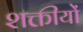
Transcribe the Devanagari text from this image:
शक्तीयों